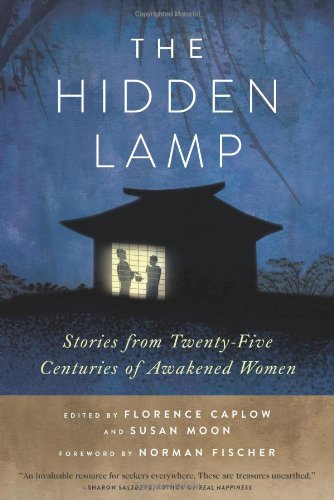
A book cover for The Hidden Lamp: Stories from Twenty-Five Centuries of Awakened Women; Religion & Spirituality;